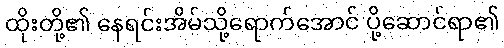
ထိုးတို့၏ နေရင်းအိမ်သို့ရောက်အောင် ပို့ဆောင်ရာ၏